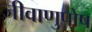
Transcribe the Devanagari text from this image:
जीवाणुपोष